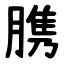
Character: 䐪